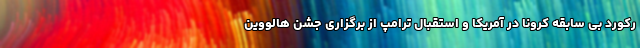
رکورد بی سابقه کرونا در آمریکا و استقبال ترامپ از برگزاری جشن هالووین